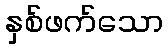
နှစ်ဖက်သော